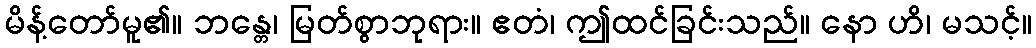
မိန့်တော်မူ၏။ ဘန္တေ၊ မြတ်စွာဘုရား။ ဧတံ၊ ဤထင်ခြင်းသည်။ နော ဟိ၊ မသင့်။